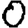
Digit: 0